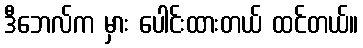
ဒီဘေလ်က မှား ပေါင်းထားတယ် ထင်တယ်။